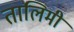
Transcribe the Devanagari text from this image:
तालिमी